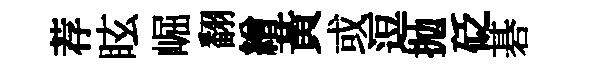
荐眩崛翻繒黃或逗抛砭碁